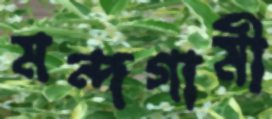
মন্দগামী